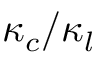
\kappa _ { c } / \kappa _ { l }